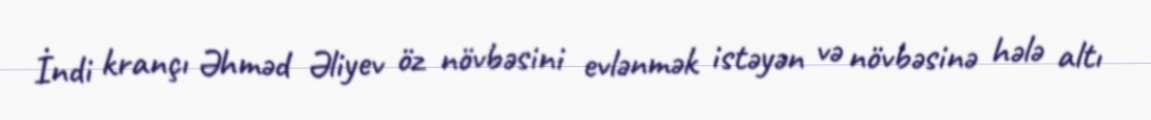
İndi krançı Əhməd Əliyev öz növbəsini evlənmək istəyən və növbəsinə hələ altı